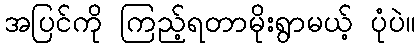
အပြင်ကို ကြည့်ရတာမိုးရွာမယ့် ပုံပဲ။